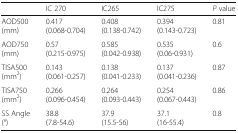
|  | IC 270 | IC265 | IC275 | P value |
 | --- | --- | --- | --- | --- |
 | AOD500(mm) | 0.417(0.068-0.704) | 0.408(0.138-0.742) | 0.394(0.143-0.723) | 0.81 |
 | AOD750(mm) | 0.57(0.215-0.975) | 0.585(0.042-0.938) | 0.535(0.06-0.931) | 0.6 |
 | TISA500(mm2) | 0.143(0.061-0.257) | 0.138(0.041-0.233) | 0.137(0.041-0.236) | 0.87 |
 | TISA750(mm2) | 0.266(0.096-0.454) | 0.264(0.093-0.443) | 0.254(0.067-0.443) | 0.86 |
 | SS Angle(°) | 38.8(7.8-54.6) | 37.9(15.5-56) | 37.1(16-55.4) | 0.8 |